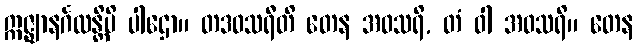
ဣဇ္ဈာနင်္ဂလန္တိပိ ပါဌော။ တဒဝသရီတိ တေန အဝသရိ, တံ ဝါ အဝသရိ။ တေန